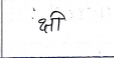
मजकूर: क्षी